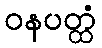
ဝနပတ္ထံ